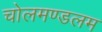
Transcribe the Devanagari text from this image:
चोलमण्डलम